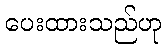
ပေးထားသည်ဟု